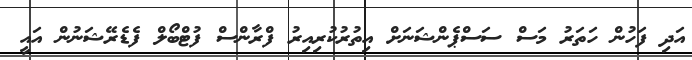
އަދި ފަހުން ހަތަރު މަސް ސަސްޕެންޝަނަށް އިތުރުކުރިއިރު ފްރާންސް ފުޓްބޯލް ފެޑެރޭޝަނުން އައީ